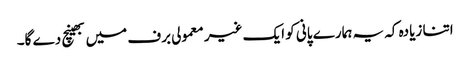
اتنا زیادہ کہ یہ ہمارے پانی کو ایک غیر معمولی برف میں بھینچ دے گا۔